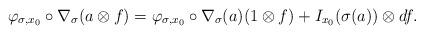
LaTeX: \begin{align*}\varphi_{\sigma,x_0}\circ\nabla_\sigma(a\otimes f)=\varphi_{\sigma,x_0}\circ\nabla_\sigma(a)(1\otimes f)+I_{x_0}(\sigma(a))\otimes df. \end{align*}